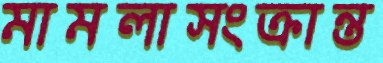
মামলাসংক্রান্ত